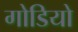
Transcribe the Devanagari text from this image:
गोडियो